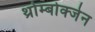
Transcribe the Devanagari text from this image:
थ्रोम्बोक्जेन